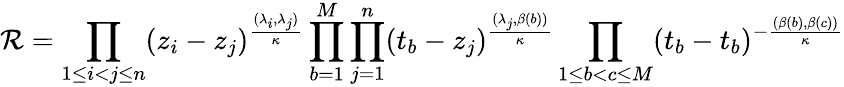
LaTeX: \mathcal R=\prod_{1\leq i<j\leq n}(z_{i}-z_{j})^{\frac{(\lambda_{i},\lambda_{j})}{\kappa}}\prod_{b=1}^{M}\prod_{j=1}^{n}(t_{b}-z_{j})^{\frac{(\lambda_{j},\beta(b))}{\kappa}}\prod_{1\leq b<c\leq M}(t_{b}-t_{b})^{-\frac{(\beta(b),\beta(c))}{\kappa}}